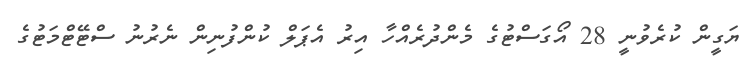
ޔަގީން ކުރެވުނީ 28 އޯގަސްޓުގެ މެންދުރެއްހާ އިރު އެޕަލް ކުންފުނިން ނެރުނު ސްޓޭޓްމަޓުގެ